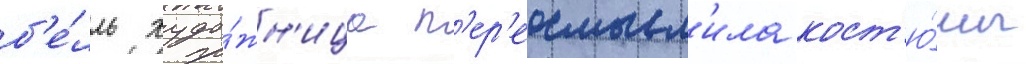
б'е́лль худо́жн'ица п'ер'еосмысл'ила кост'ю́мы